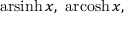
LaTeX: \operatorname { a r s i n h } x , \ \operatorname { a r c o s h } x ,